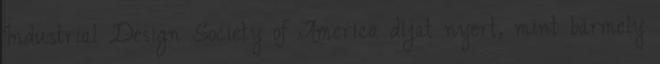
Industrial Design Society of America díjat nyert, mint bármely